Bombay plague: being a history of the progress of plague in the Bombay presidency from September 1896 to June 1899
Year: 1896
Disease focus: Plague
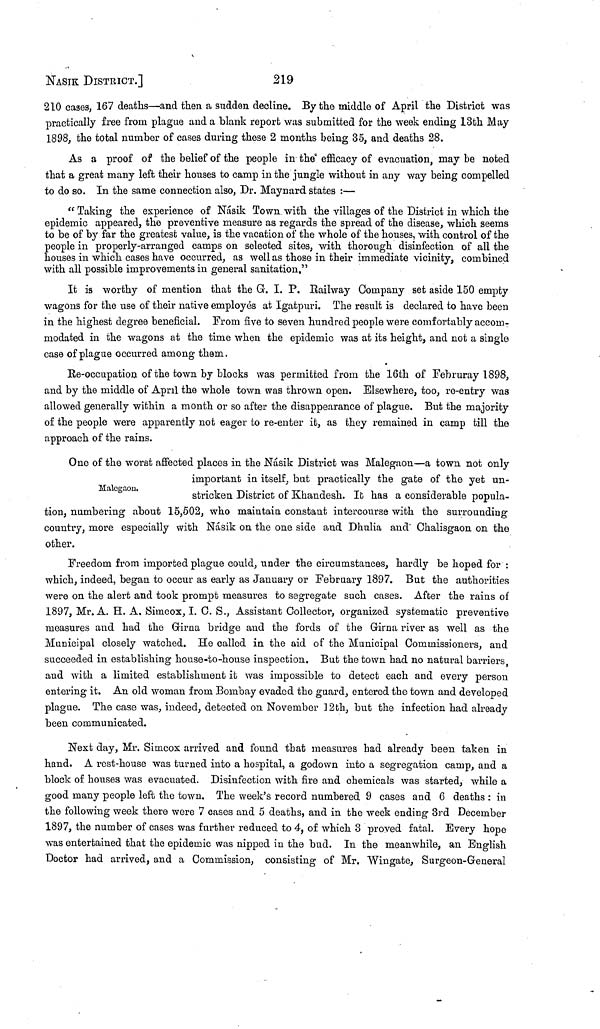
NASIK DISTRICT.]
219
210 cases, 167 deaths—and then a sudden decline. By the middle of April the District was
practically free from plague and a blank report was submitted for the week ending 13th May
1898, the total number of cases during these 2 months being 35, and deaths 28.
As a proof of the belief of the people in the efficacy of evacuation, may be noted
that a great many left their houses to camp in the jungle without in any way being compelled
to do so. In the same connection also, Dr. Maynard states :—
" Taking the experience of Násik Town, with the villages of the District in which the
epidemic appeared, the preventive measure as regards the spread of the disease, which seems
to be of by far the greatest value, is the vacation of the whole of the houses, with control of the
people in properly-arranged camps on selected sites, with thorough disinfection of all the
houses in which cases have occurred, as well as those in their immediate vicinity, combined
with all possible improvements in general sanitation."
It is worthy of mention that the G. I. P. Railway Company set aside 150 empty
wagons for the use of their native employés at Igatpuri. The result is declared to have been
in the highest degree beneficial. From five to seven hundred people were comfortably accom-
modated in the wagons at the time when the epidemic was at its height, and not a single
case of plague occurred among them.
Re-occupation of the town by blocks was permitted from the 16th of Februray 1898,
and by the middle of April the whole town was thrown open. Elsewhere, too, re-entry was
allowed generally within a month or so after the disappearance of plague. But the majority
of the people were apparently not eager to re-enter it, as they remained in camp till the
approach of the rains.
Malegaon.
One of the worst affected places in the Násik District was Malegaon—a town not only
important in itself, but practically the gate of the yet un-
stricken District of Khandesh. It has a considerable popula-
tion, numbering about 15,502, who maintain constant intercourse with the surrounding
country, more especially with Násik on the one side and Dhulia and Chalisgaon on the
other.
Freedom from imported plague could, under the circumstances, hardly be hoped for :
which, indeed, began to occur as early as January or February 1897. But the authorities
were on the alert and took prompt measures to segregate such cases. After the rains of
1897, Mr. A. H. A. Simcox, I. C. S., Assistant Collector, organized systematic preventive
measures and had the Girna bridge and the fords of the Girna river as well as the
Municipal closely watched. He called in the aid of the Municipal Commissioners, and
succeeded in establishing house-to-house inspection. But the town had no natural barriers,
and with a limited establishment it was impossible to detect each and every person
entering it. An old woman from Bombay evaded the guard, entered the town and developed
plague. The case was, indeed, detected on November 12th, but the infection had already
been communicated.
Next day, Mr. Simcox arrived and found that measures had already been taken in
hand. A rest-house was turned into a hospital, a godown into a segregation camp, and a
block of houses was evacuated. Disinfection with fire and chemicals was started, while a
good many people left the town. The week's record numbered 9 cases and 6 deaths : in
the following week there were 7 cases and 5 deaths, and in the week ending 3rd December
1897, the number of cases was further reduced to 4, of which 3 proved fatal. Every hope
was entertained that the epidemic was nipped in the bud. In the meanwhile, an English
Doctor had arrived, and a Commission, consisting of Mr. Wingate, Surgeon-General